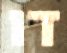
דו